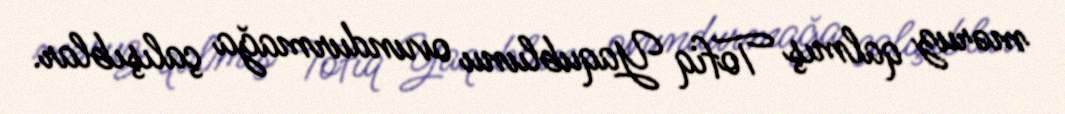
məruz qalmış Tofiq Yaqublunu ovundurmağa çalışıblar.